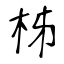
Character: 柹